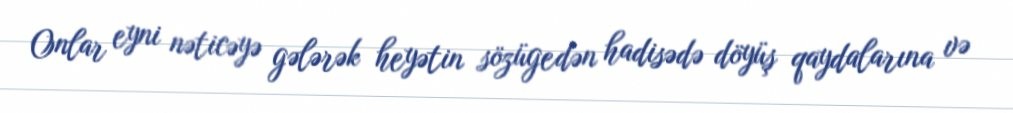
Onlar eyni nəticəyə gələrək heyətin sözügedən hadisədə döyüş qaydalarına və